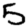
Digit: 5